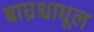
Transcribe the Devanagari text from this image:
बाघ्रश्चाधूल